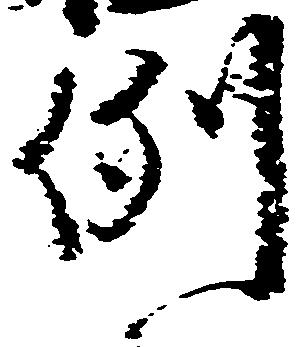
例